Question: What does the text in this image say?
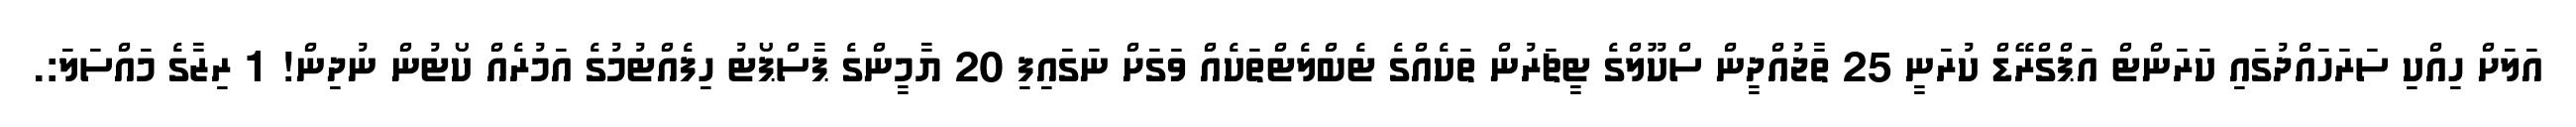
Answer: އަލަށް ހިއްކި ސަރަހައްދުގައި ކަރަންޓް އަޕްގްރޭޑް ކުރަނީ 25 ތާޖުއްދީން ސްކޫލްގެ ޓީޗަރުން ތަކެއްގެ ޓެބްލެޓްތަކެއް ވަގަށް ނަގައިފި 20 ޔާމީންގެ ޕާސްޕޯޓު ހިފެއްޓުމުގެ އަމުރެއް ކޯޓުން ނުދިން! 1 ރިޒާގެ މައްސަލަ:.